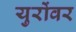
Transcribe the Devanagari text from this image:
युरोंवर